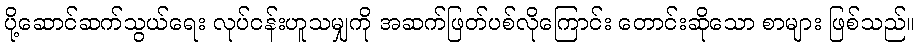
ပို့ဆောင်ဆက်သွယ်ရေး လုပ်ငန်းဟူသမျှကို အဆက်ဖြတ်ပစ်လိုကြောင်း တောင်းဆိုသော စာများ ဖြစ်သည်။